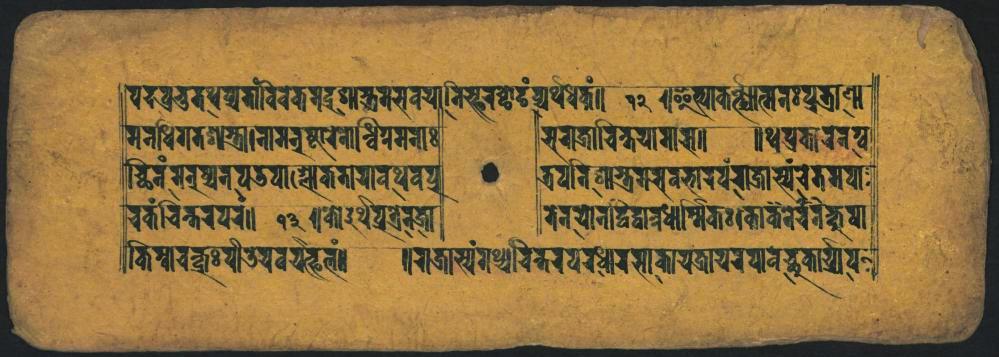
𑐥𑐡𑐰𑑂𑐬𑐨𑐸𑐟𑐠𑐰𑑂𑐔𑐬𑐟𑐵𑐰𑐶𑐰𑐎𑐩𑐡𑐬𑐱𑐵𑑄𑐨𑑂𑐬𑐩𑐳𑐰𑐫𑐵𑐟𑐶𑐲𑑂𑐦𑐳𑑂𑐕𑐵𑐡𑑄𑐔𑑂𑐫𑐠𑐢𑐎𑑄𑑌 𑐩𑐣𑐢𑐶𑐐𑐟𑐱𑐎𑑂𑐟𑑂𑐬𑐵𑐣𑐵𑐩𑐣𑐸𑐲𑑂𑐚𑐵𑐧𑑀𑐣𑑂𑐢𑐶𑐥𑑂𑐬𑐩𑐣𑐵𑑅 𑐔𑑂𑐕𑐶𑐰𑑄𑐩𑐣𑐸𑐲𑑂𑐫𑐣𑐸𑐥𑐜𑐥𑐵𑐥𑑂𑐮𑑀𑐎𑐟𑐵𑐫𑐵𑐰𑐠𑐰𑐥𑑂𑐬 𑐔𑐎𑐔𑐶𑐣𑑂𑐟𑐬𑐥𑐬𑑌 𑐎𑐶𑐩𑑂𑐩𑐵𑐔𑑂𑐎𑑂𑐬𑐸𑑅𑐥𑐷𑐝𑐫𑐰𑐫𑐸𑑂𑐦𑐮𑑄